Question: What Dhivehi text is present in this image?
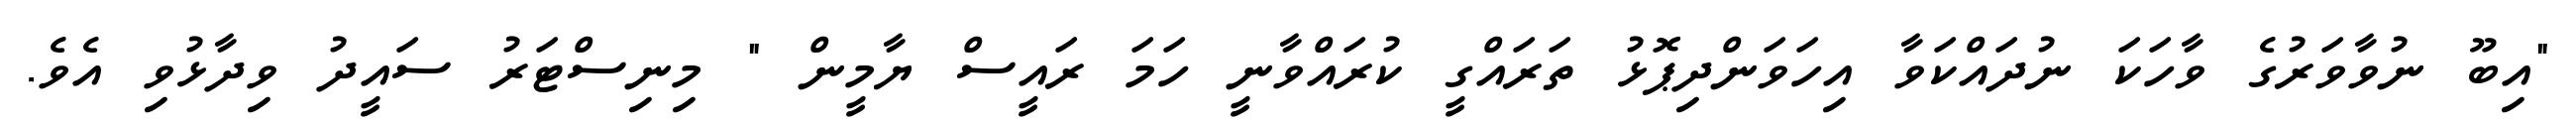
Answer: "އިބޫ ނުވާވަރުގެ ވާހަކަ ނުދައްކަވާ އިހަވަންދިޕޮޅު ތަރައްގީ ކުރައްވާނީ ހަމަ ރައީސް ޔާމީން " މިނިސްޓަރު ސައީދު ވިދާޅުވި އެވެ.